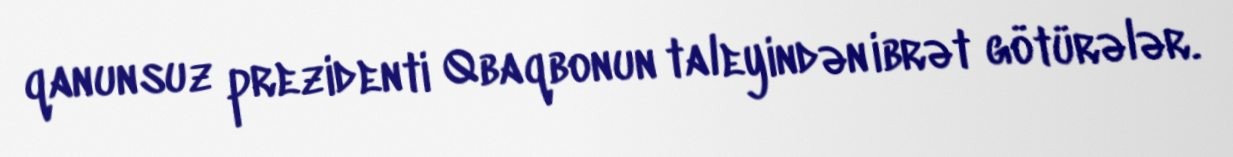
qanunsuz prezidenti Qbaqbonun taleyindən ibrət götürələr.